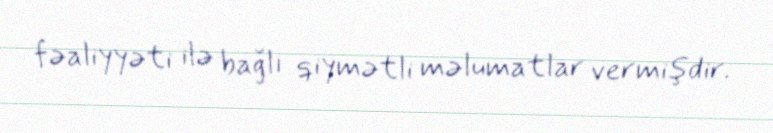
fəaliyyəti ilə bağlı qiymətli məlumatlar vermişdir.